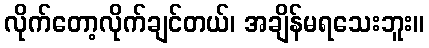
လိုက်တော့လိုက်ချင်တယ်၊ အချိန်မရသေးဘူး။